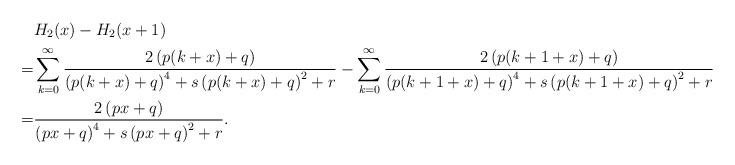
LaTeX: \begin{align*}&H_2(x)-H_2(x+1)\\=&\sum_{k=0}^{\infty}\frac{2\left(p(k+x)+q\right)}{\left(p(k+x)+q\right)^4+s\left(p(k+x)+q\right)^2+r}-\sum_{k=0}^{\infty}\frac{2\left(p(k+1+x)+q\right)}{\left(p(k+1+x)+q\right)^4+s\left(p(k+1+x)+q\right)^2+r}\\=&\frac{2\left(px+q\right)}{\left(px+q\right)^4+s\left(px+q\right)^2+r}.\end{align*}